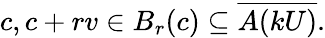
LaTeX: c,c+rv\in B_{r}(c)\subseteq{\overline{{A(kU)}}}.